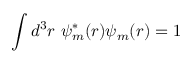
\int d ^ { 3 } r \ \psi _ { m } ^ { * } ( { \boldsymbol { r } } ) \psi _ { m } ( { \boldsymbol { r } } ) = 1